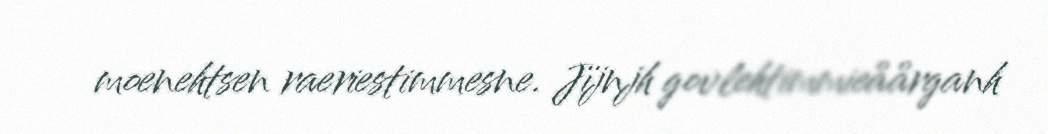
moenehtsen raeriestimmesne. Jïjnjh govlehtimmieåårganh